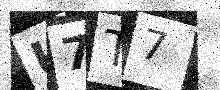
Text: U7T7